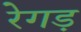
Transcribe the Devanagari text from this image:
रेगड़